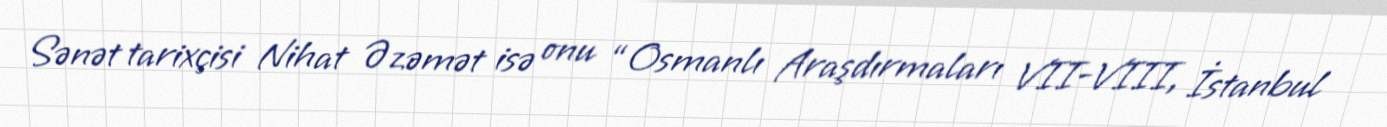
Sənət tarixçisi Nihat Əzəmət isə onu “Osmanlı Araşdırmaları VII-VIII, İstanbul